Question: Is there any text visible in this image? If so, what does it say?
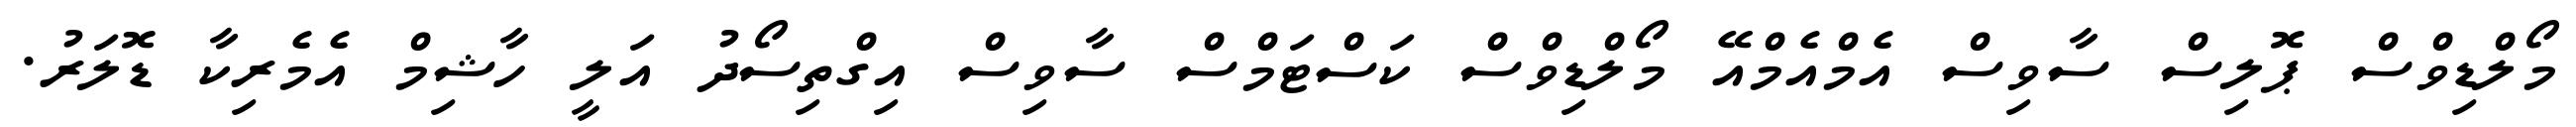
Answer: މޯލްޑިވްސް ޕޮލިސް ސާވިސް އެމްއެމްއޭ މޯލްޑިވްސް ކަސްޓަމްސް ސާވިސް އިގްތިސޯދު އަލީ ހާޝިމް އެމެރިކާ ޑޮލަރު.